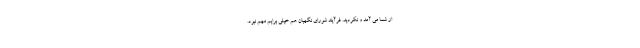
از شما می آمد و نکردید. فرآیند شورای نگهبان هم خیلی برایم مهم نبود.